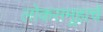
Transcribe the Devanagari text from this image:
लोकसमूहाचे